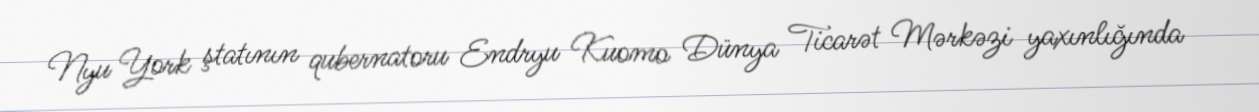
Nyu York ştatının qubernatoru Endryu Kuomo Dünya Ticarət Mərkəzi yaxınlığında